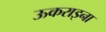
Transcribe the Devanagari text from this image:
ऊकराइना